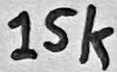
Text: 15k